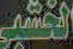
الغشير